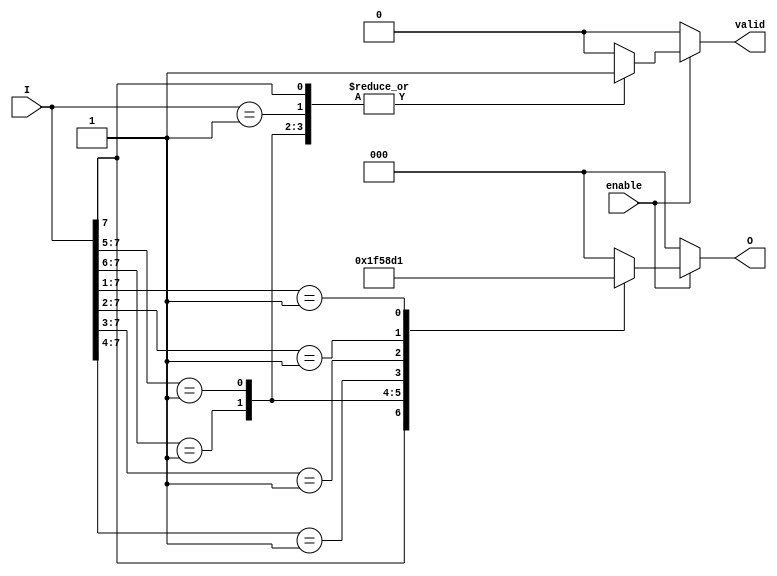
module encoder_8to3 (
    input wire [7:0] I,      // 8 input lines
    input wire enable,       // Enable signal
    output reg [2:0] O,      // 3 output lines
    output reg valid         // Valid signal to indicate if output is valid
);

    always @(*) begin
        if (!enable) begin
            O = 3'b000;      // If not enabled, output is 000
            valid = 1'b0;    // Output is not valid
        end else begin
            casez (I)         // Use casez to handle don't care conditions
                8'b1??????? : begin O = 3'b111; valid = 1'b1; end // I7
                8'b01?????? : begin O = 3'b110; valid = 1'b1; end // I6
                8'b001????? : begin O = 3'b101; valid = 1'b1; end // I5
                8'b0001???? : begin O = 3'b100; valid = 1'b1; end // I4
                8'b00001??? : begin O = 3'b011; valid = 1'b1; end // I3
                8'b000001?? : begin O = 3'b010; valid = 1'b1; end // I2
                8'b0000001? : begin O = 3'b001; valid = 1'b1; end // I1
                8'b00000001 : begin O = 3'b000; valid = 1'b1; end // I0
                default: begin
                    O = 3'b000;  // No active inputs
                    valid = 1'b0; // Output is not valid
                end
            endcase
        end
    end

endmodule